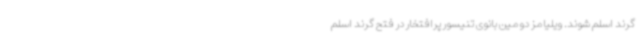
گرند اسلم شوند. ویلیامز دومین بانوی تنیسور پرافتخار در فتح گرند اسلم